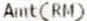
AMT(RM)